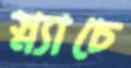
স্ন্যাচে